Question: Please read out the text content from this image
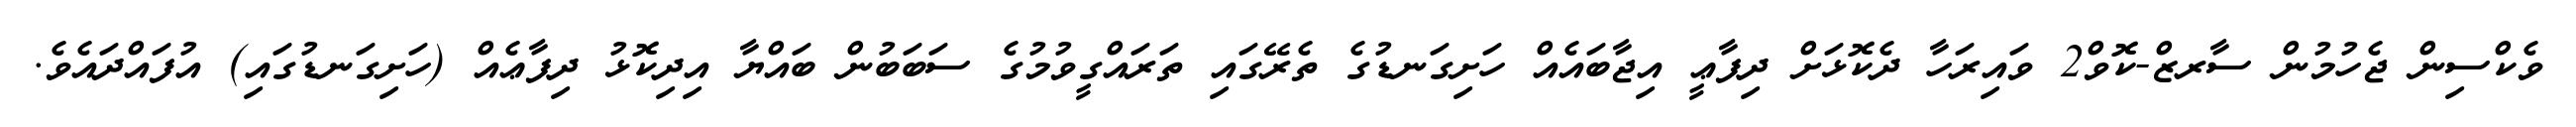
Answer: ވެކްސިން ޖެހުމުން ސާރޒް-ކޮވް2 ވައިރަހާ ދެކޮޅަށް ދިފާޢީ އިޖާބައެއް ހަށިގަނޑުގެ ތެރޭގައި ތަރައްގީވުމުގެ ސަބަބުން ބައްޔާ އިދިކޮޅު ދިފާޢެއް (ހަށިގަނޑުގައި) އުފައްދައެވެ.